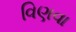
વિણવા